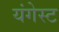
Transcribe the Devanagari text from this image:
यंगेस्ट